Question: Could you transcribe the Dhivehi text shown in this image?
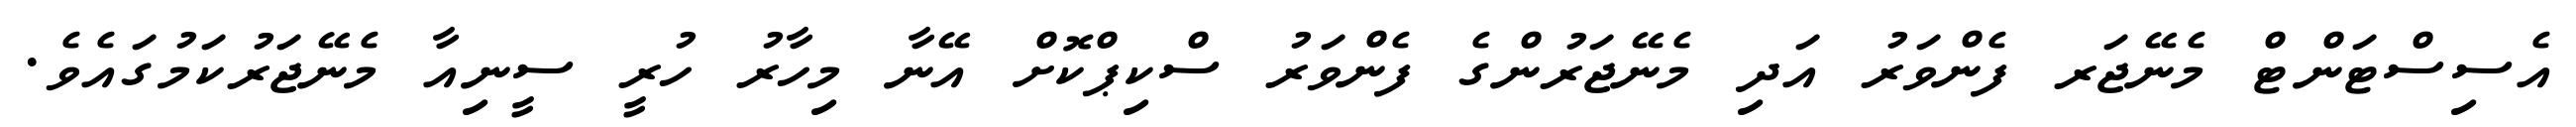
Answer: އެސިސްޓަންޓް މެނޭޖަރ ފެންވަރު އަދި މެނޭޖަރުންގެ ފެންވަރު ސްކިޕްކޮށް އޭނާ މިހާރު ހުރީ ސީނިއާ މެނޭޖަރުކަމުގައެވެ.